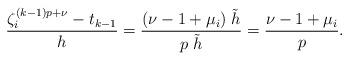
LaTeX: \begin{align*} \frac {\zeta_i^{(k - 1) p + \nu }- t_{k-1}} {h} = \frac {( \nu - 1 + \mu_i ) \; \tilde h} {p \; \tilde h } = \frac { \nu - 1 + \mu_i } {p }. \end{align*}